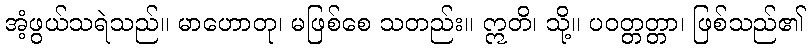
အံ့ဖွယ်သရဲသည်။ မာဟောတု၊ မဖြစ်စေ သတည်း။ ဣတိ၊ သို့။ ပဝတ္တတ္တာ၊ ဖြစ်သည်၏